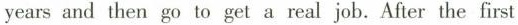
years and then go to get a real job. After the first